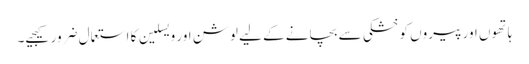
ہاتھوں اور پیروں کو خشکی سے بچانے کے لیے لوشن اور ویسلین کا استعمال ضرور کیجیے۔